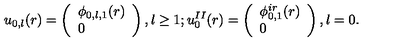
u _ { 0 , l } ( r ) = \left( \begin{array} { l } { \phi _ { 0 , l , 1 } ( r ) } \\ { 0 } \\ \end{array} \right) , \mathrm { } { } l \geq 1 ; u _ { 0 } ^ { I I } ( r ) = \left( \begin{array} { l } { \phi _ { 0 , 1 } ^ { i r } ( r ) } \\ { 0 } \\ \end{array} \right) , { } l = 0 .